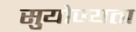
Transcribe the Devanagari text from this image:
सुयोज्यता